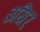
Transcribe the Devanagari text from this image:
उयिर